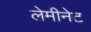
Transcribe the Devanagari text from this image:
लेमीनेट